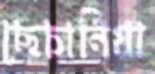
ছেচানিয়া